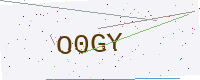
Text: O0GY